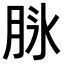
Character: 𦚝